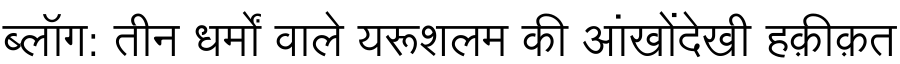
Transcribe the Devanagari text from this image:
ब्लॉग: तीन धर्मों वाले यरूशलम की आंखोंदेखी हक़ीक़त